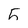
Character: 5